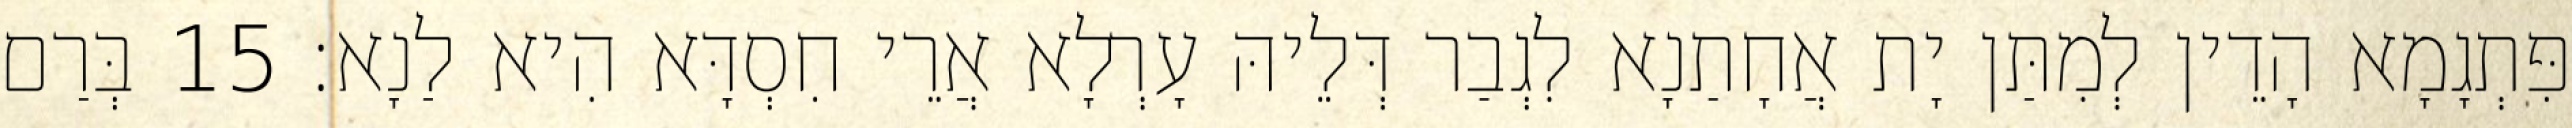
פִּתְגָמָא הָדֵין לְמִתַּן יָת אֲחָתַנָא לִגְבַר דְּלֵיהּ עָרְלָא אֲרֵי חִסְדָּא הִיא לַנָא׃ 15 בְּרַם